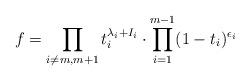
LaTeX: \begin{align*}f = \prod_{i\neq m,m+1} t_i^{\lambda_i+I_i} \cdot \prod_{i=1}^{m-1} (1-t_i)^{\epsilon_i}\end{align*}